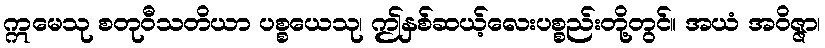
ဣမေသု စတုဝီသတိယာ ပစ္စယေသု၊ ဤနှစ်ဆယ့်လေးပစ္စည်းတို့တွင်။ အယံ အဝိဇ္ဇာ၊